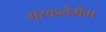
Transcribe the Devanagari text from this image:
मस्कलेमैग